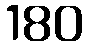
180